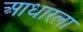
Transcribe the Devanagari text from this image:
आधारला